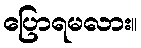
ပြောရမလား။